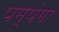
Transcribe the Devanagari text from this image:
पम्पंगा